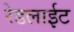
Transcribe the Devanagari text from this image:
रेडलाईट